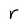
Character: r